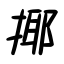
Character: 揶